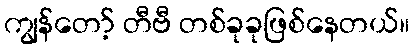
ကျွန်တော့် တီဗီ တစ်ခုခုဖြစ်နေတယ်။